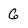
Character: G